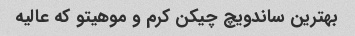
بهترین ساندویچ چیکن کرم و موهیتو که عالیه